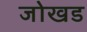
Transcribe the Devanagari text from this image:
जोखड